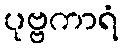
ပုဗ္ဗကာရံ